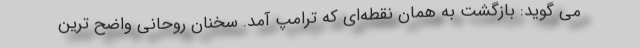
می گوید: بازگشت به همان نقطه‌ای که ترامپ آمد. سخنان روحانی واضح ترین